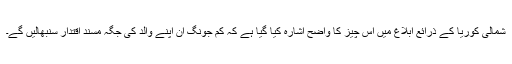
شمالی کوریا کے ذرائع ابلاغ میں اس چیز کا واضح اشارہ کیا گیا ہے کہ کِم جونگ اُن اپنے والد کی جگہ مسند اقتدار سنبھالیں گے۔